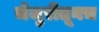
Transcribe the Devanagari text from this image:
जेजुरीतूनच